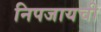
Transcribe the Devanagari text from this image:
निपजायची